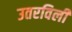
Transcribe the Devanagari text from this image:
उतरविली